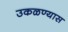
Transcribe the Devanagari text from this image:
उकळण्यास